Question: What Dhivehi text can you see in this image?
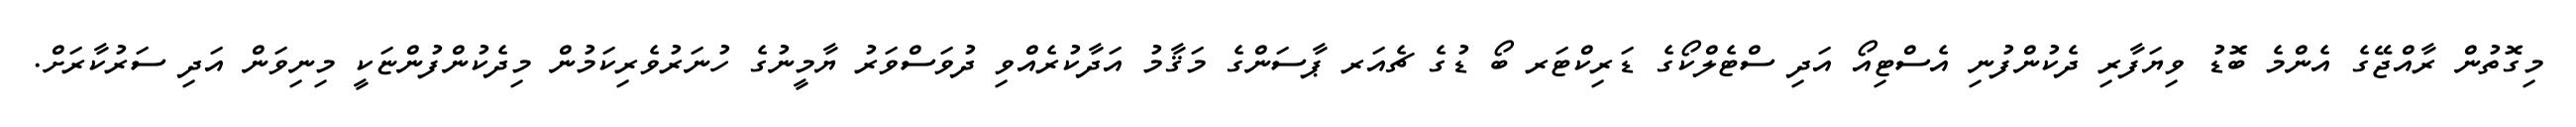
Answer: މިގޮތުން ރާއްޖޭގެ އެންމެ ބޮޑު ވިޔަފާރި ދެކުންފުނި އެސްޓިއޯ އަދި ސްޓެލްކޯގެ ޑަރިކްޓަރ ބޯ ޑުގެ ޗެއަރ ޕާސަންގެ މަޤާމު އަދާކުރެއްވި ދުވަސްވަރު ޔާމީނުގެ ހުނަރުވެރިކަމުން މިދެކުންފުންޏަކީ މިނިވަން އަދި ސަރުކާރަށް.